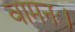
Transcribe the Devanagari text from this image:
वामनः।